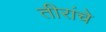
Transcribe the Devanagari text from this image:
तीरांचे